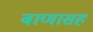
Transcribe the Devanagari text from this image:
बाणासह